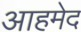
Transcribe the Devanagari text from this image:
आहमेद